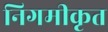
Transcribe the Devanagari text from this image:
निगमीकृत